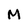
Character: M